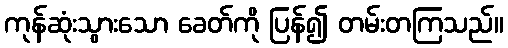
ကုန်ဆုံးသွားသော ခေတ်ကို ပြန်၍ တမ်းတကြသည်။